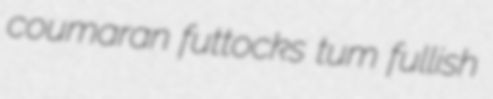
coumaran futtocks tum fullish